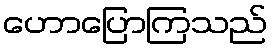
ဟောပြောကြသည်